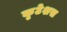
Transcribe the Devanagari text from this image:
कृटेशस